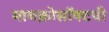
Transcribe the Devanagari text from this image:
मायक्रोसॉफ्टची